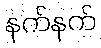
နက်နက်